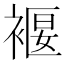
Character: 褗